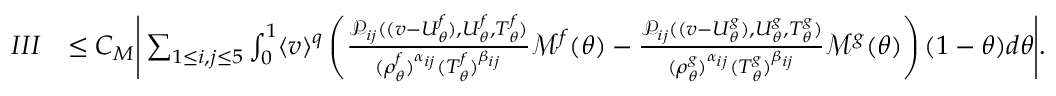
\begin{array} { r l } { I I I } & { \leq C _ { M } \Bigg | \sum _ { 1 \leq i , j \leq 5 } \int _ { 0 } ^ { 1 } \langle v \rangle ^ { q } \left( \frac { \mathcal { P } _ { i j } ( ( v - U _ { \theta } ^ { f } ) , U _ { \theta } ^ { f } , T _ { \theta } ^ { f } ) } { ( \rho _ { \theta } ^ { f } ) ^ { \alpha _ { i j } } ( T _ { \theta } ^ { f } ) ^ { \beta _ { i j } } } \mathcal { M } ^ { f } ( \theta ) - \frac { \mathcal { P } _ { i j } ( ( v - U _ { \theta } ^ { g } ) , U _ { \theta } ^ { g } , T _ { \theta } ^ { g } ) } { ( \rho _ { \theta } ^ { g } ) ^ { \alpha _ { i j } } ( T _ { \theta } ^ { g } ) ^ { \beta _ { i j } } } \mathcal { M } ^ { g } ( \theta ) \right) ( 1 - \theta ) d \theta \Bigg | . } \end{array}